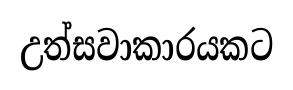
උත්සවාකාරයකට